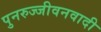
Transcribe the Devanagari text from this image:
पुनरुज्जीवनवादी